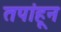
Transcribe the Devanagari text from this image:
तपांहून